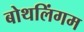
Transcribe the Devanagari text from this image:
बोथलिंगम